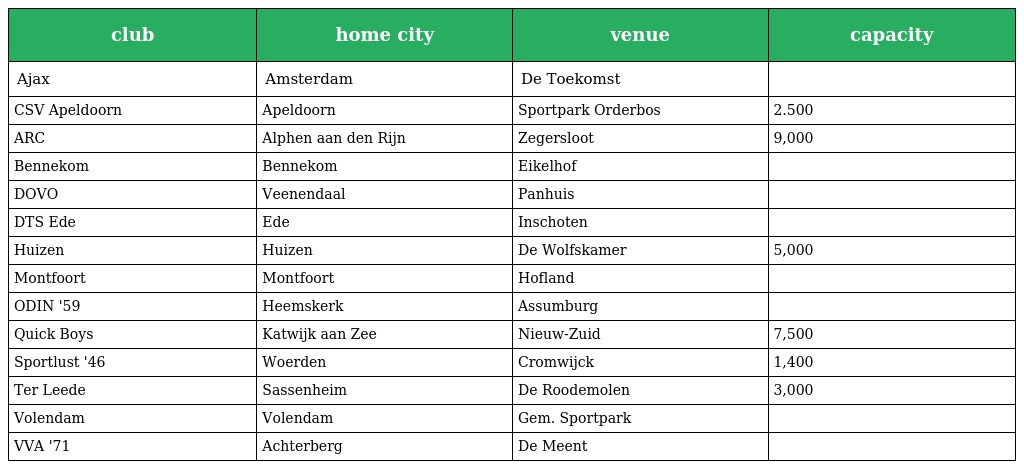
| club | home city | venue | capacity |
 | --- | --- | --- | --- |
 | Ajax | Amsterdam | De Toekomst |  |
 | CSV Apeldoorn | Apeldoorn | Sportpark Orderbos | 2.500 |
 | ARC | Alphen aan den Rijn | Zegersloot | 9,000 |
 | Bennekom | Bennekom | Eikelhof |  |
 | DOVO | Veenendaal | Panhuis |  |
 | DTS Ede | Ede | Inschoten |  |
 | Huizen | Huizen | De Wolfskamer | 5,000 |
 | Montfoort | Montfoort | Hofland |  |
 | ODIN '59 | Heemskerk | Assumburg |  |
 | Quick Boys | Katwijk aan Zee | Nieuw-Zuid | 7,500 |
 | Sportlust '46 | Woerden | Cromwijck | 1,400 |
 | Ter Leede | Sassenheim | De Roodemolen | 3,000 |
 | Volendam | Volendam | Gem. Sportpark |  |
 | VVA '71 | Achterberg | De Meent |  |